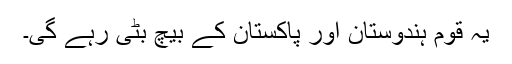
یہ قوم ہندوستان اور پاکستان کے بیچ بٹی رہے گی۔